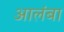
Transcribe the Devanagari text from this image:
आलंबा